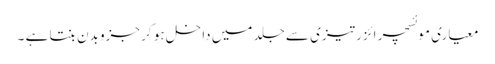
معیاری موئسچر ائزر تیزی سے جلد میں داخل ہو کر جزو بدن بنتا ہے ۔